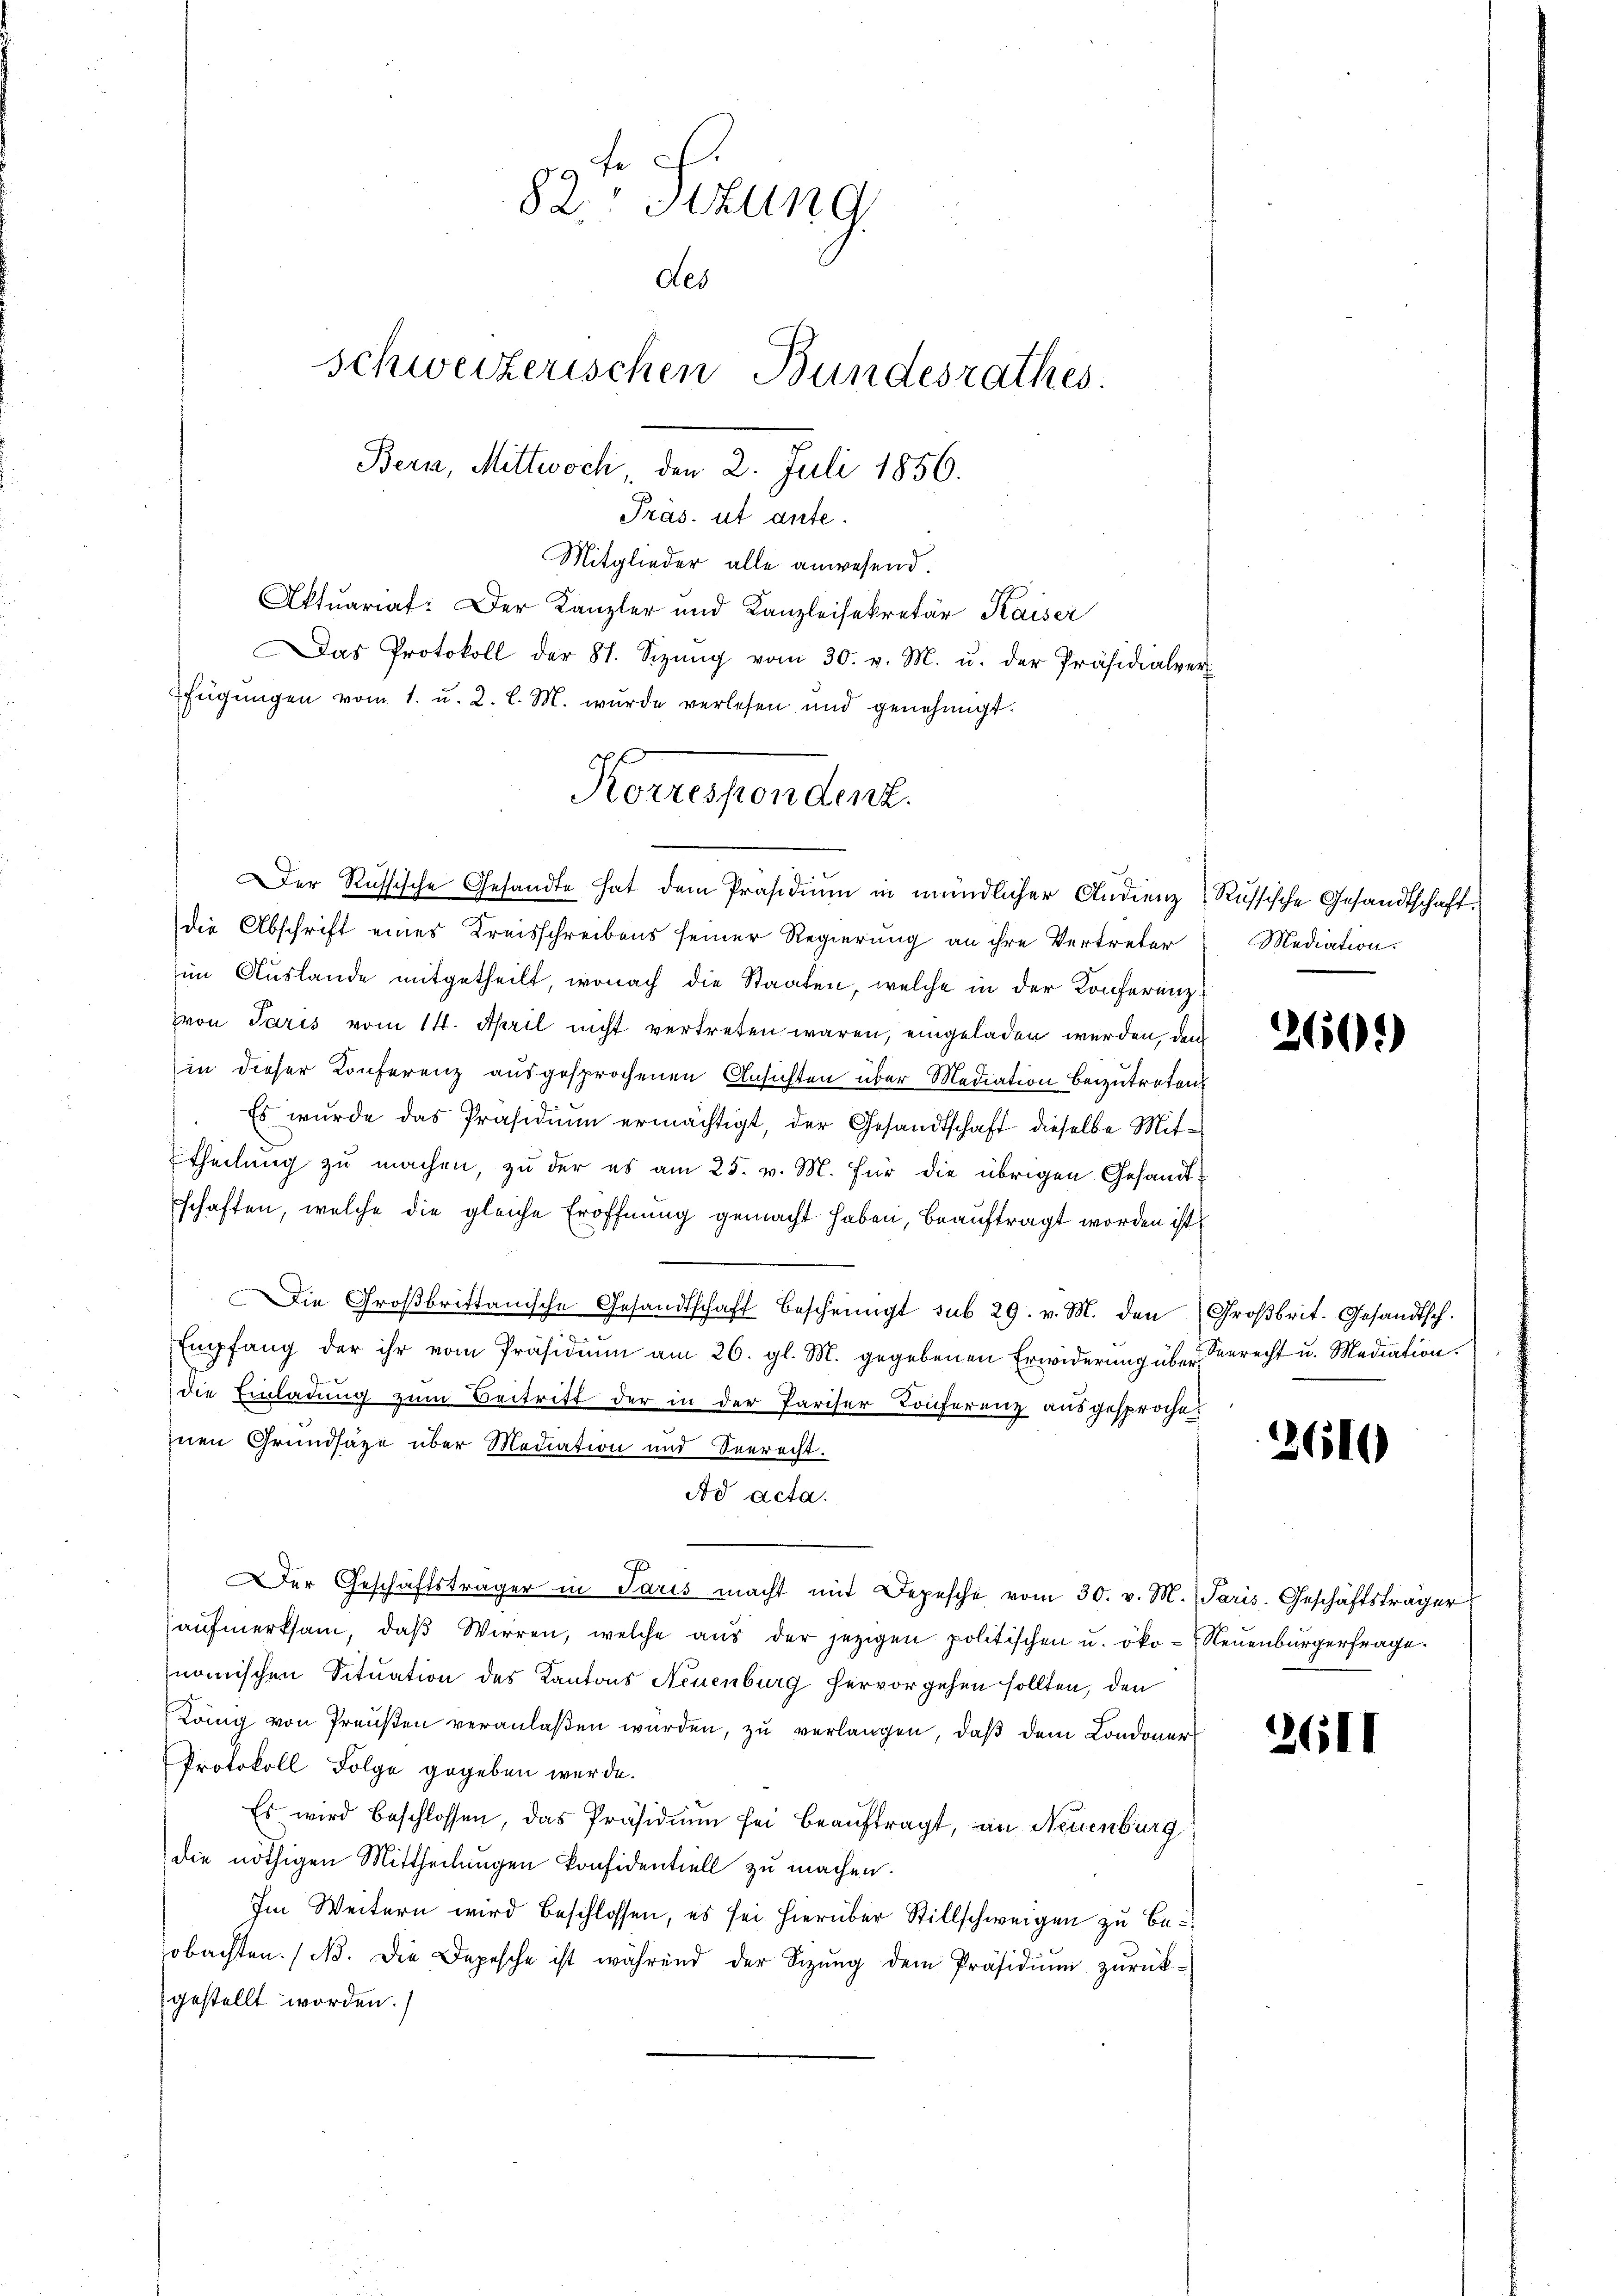
fe
82. Situng
des
schweizerischen Bundesrathes.
Bern, Mittwoch, den 2. Juli 1856.
Pras. ut ante.

Mitglieder alle anwesend:
Aktuariat: Der Kanzler und Kanzleisekretär Kaiser
Das Protokoll der 81. Sizŭng vom 30. v. M. u. der Präsidialver-
fügŭngen vom 1. u. 2. l. M. wurde verlesen und genehmigt.

Korrespendent.
Der Russische Gesandte hat dem Präsidium in mündlicher Audienz (Russische Gesandtschaft

die Abschrift eines Kreisschreibens seiner Regierung an ihre Vertreter
im Auslande mitgetheilt, wonach die Staaten, welche in der Konferenz
von Paris vom 14. April nicht vertreten waren, eingeladen werden, den
in dieser Konferenz ausgesprochenen Ansichten über Mediation beizutreten
Es wurde das Präsidium ermächtigt, der Gesandtschaft dieselbe Mittheilung zu machen, zu der es am 25. v. M. für die übrigen Gesandt-
schaften, welche die gleiche Eröffnung gemacht haben, beauftragt worden ist,
Die Großbrittanische Gesandtschaft bescheinigt sub 29. v. M. den Groβbrit. Gesandtsch.
Empfang der ihr vom Präsidiŭm am 26. gl. M. gegebenen Erwiderŭng über Berecht u. Mediation.
die Einladung zum Beitritt der in der Pariser Conferenz ausgesproche
nen Grundsätze über Mediation und Beerecht.
Ad acta.
Der Geschäftsträger in Paris macht mit Depesche vom 30. v. M. Paris. Geschäftsträger
aŭfmerksam, daβ Wirren, welche aŭs der jezigen politischen u. öko-Neŭenbürgerfrage.
nomischen Situation des Kantons Neuenburg hervorgehen sollten, den
König von Preußen veranlaßen wurden, zu verlangen, daß dem Condoner
Protokoll Folge gegeben werde.
Es wird beschlossen, das Präsidiŭm sei beaŭftragt, an Neuenburg
die nöthigen Mittheilungen konfidentiell zu machen.
Im Weitern wird beschlossen, es sei hierüber Stillschweigen zu beobachten. (N. Die Depesche ist während der Sitzŭng dem Präsidiŭm zurückgestellt worden.

Mediation.

260.

2610

2611